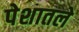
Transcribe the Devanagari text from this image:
पेशातले